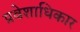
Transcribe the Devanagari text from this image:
प्रवेशाधिकार